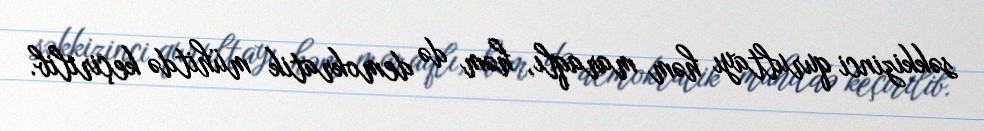
səkkizinci qurultayı həm maraqlı, həm də demokratik mühitdə keçirilib.